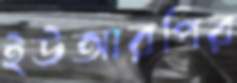
ইউআরপির